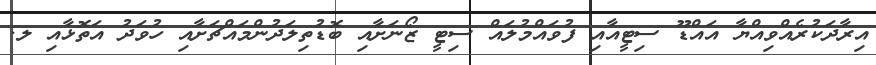
އިރާދަކުރެއްވިއްޔާ އައްޑޫ ސިޓީއާއި ފުވައްމުލައް ސިޓީ ޒޯނަށާއި ބޮޑުތިލަދުންމައްޗަށާއި ހުވަދު އަތޮޅާއި ލ.